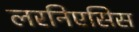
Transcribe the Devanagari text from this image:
लरनिएसिस